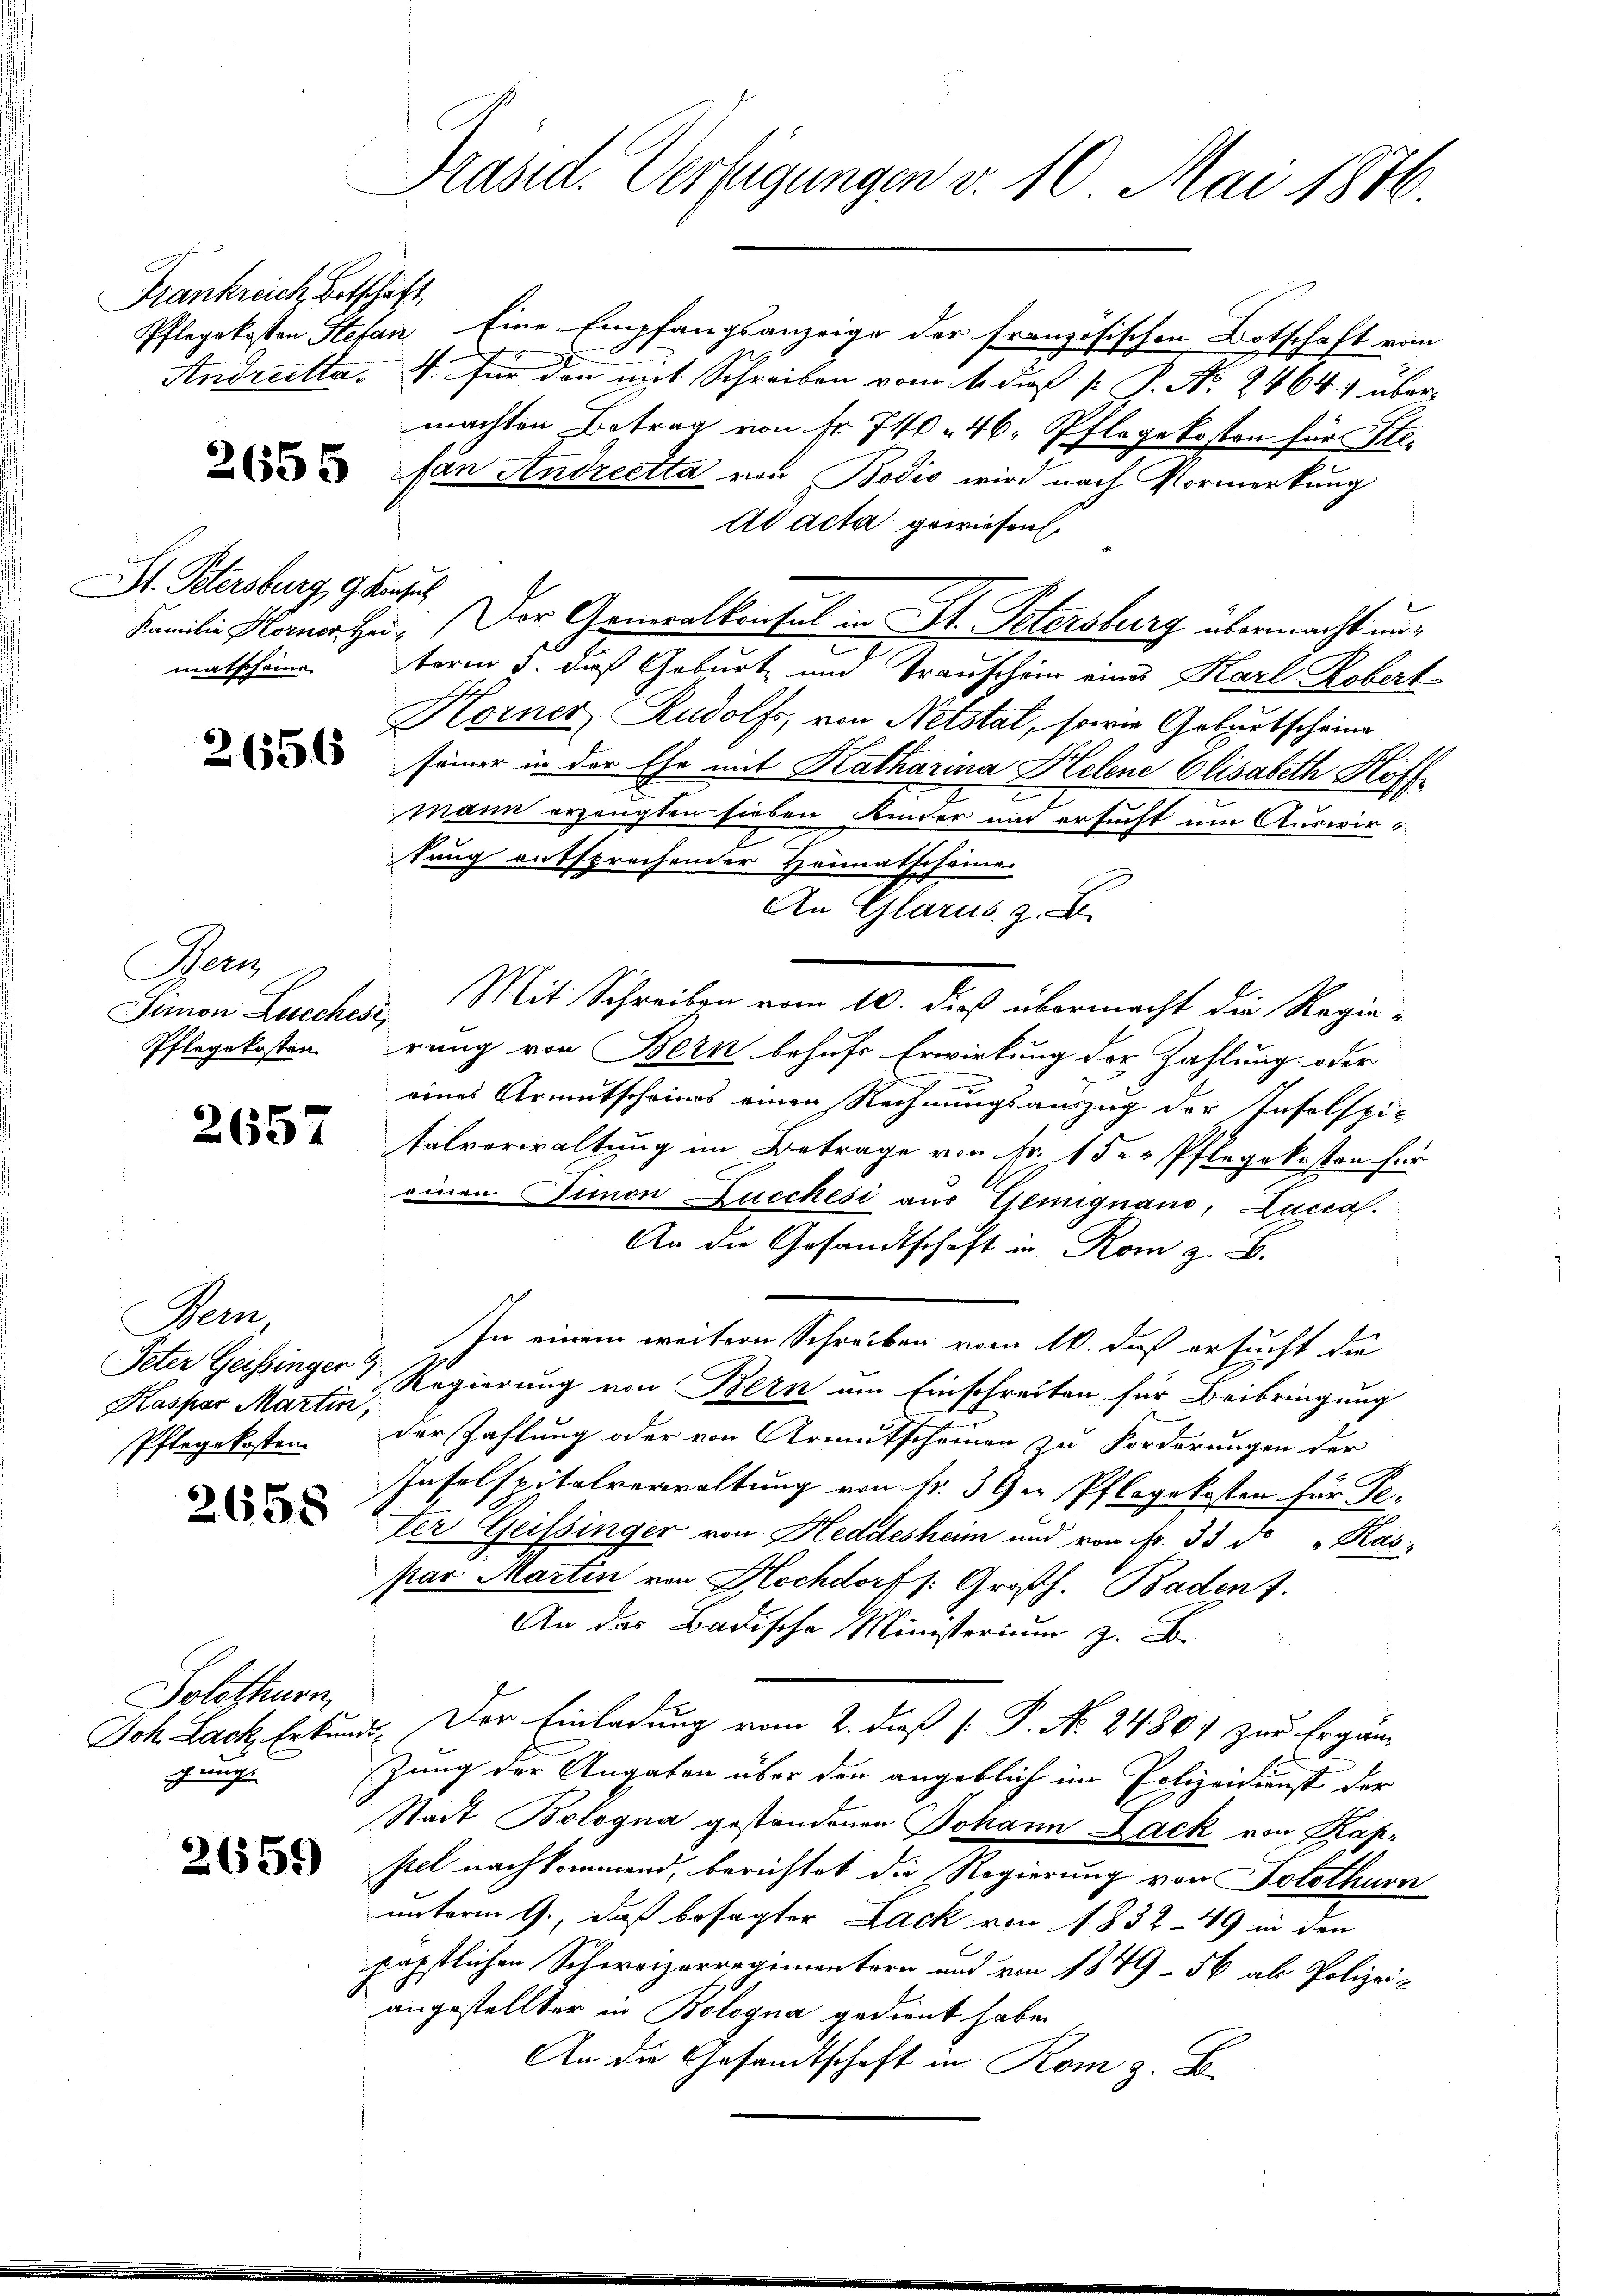
Frankreich Betschaft

2655

St. Petersburg, G. Konsul

2656

Bern
Pflegekosten.

2657

Bern,
Peter Geissinger
Kaspar Martin,
Pflegekosten.

2658

Solothurn
Joh Lack. Erkun
gung

2659)

Präsid. Verfügungen v. 10. Mai 1876.

Pflegekosten Stefan Eine Empfangsanzeige der französischen Botschaft vom
Andreetta. 4 für den mit Schreiben vom 1. dieß [ P. No. 2464. 1 übermachten Betrag von fr. 740 - 46. Pflegekosten für Ste
fan Andreetta von Bodis wird nach Vormerkung
Ad acta gewiesen.
Familie Marier sei. Der Generalkonsul in St. Petersburg übermacht unmatschein. Norm 3. daß Geburt und Transchein eines Karl Robert
Korner Rudolfs, von Netstal, sowie Gebietscheine
seiner in der Ehe mit Katharina Helene Elisabeth Hoff¬
u
mann erzeugten sieben Kinder und ersucht um Auswirtung entsprechender Heimatscheine
An Glarus, z. B.
Simon Lucches Mit Schreiben vom 10. dieß übermacht die Regierung von Bern behufs Erwirkung der Zahlung oder
eines Armutscheines einen Rechnungsauszug der Insolspie
talverwaltung im Betrage von Nr. 1 der Pflegekosten für
einen Simon Lucchesi aus Gemignano, Lucca.
An die Gesandtschaft in Rom z. B.
In einem weitern Schreiben vom 16. dieß ersucht die
Regierung von Bern um Einschreiten für Beibringung
der Zahlung oder von Armutscheinen zu Forderungen der
Insolspitalverwaltung von fr. 39 er Pflegekosten für Be-
Der Geissinger von Heddesheim und von fr. 33 d "Kas-
par Martin von Hochdorf /: Großh. Baden 7.
An das Badische Ministerium z. B.
. Der Einladung vom 2. dieß P. No. 24801 zur Ergänzung der Angaben über den angeblich im Polizeidienst der
Stadt Bologna gestandenen Johann Lack von Kapstet nachkommend, berichtet die Regierung von Solothurn
unterm 9., daß besagter Lack von 1832 - 49 in den
päpstlichen Schweizerregimentern und von 1849–56 als Polizei-
angestellter in Bologna gedient habe.
An die Gesandtschaft in Rom z. B.